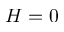
H = 0